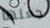
جعلها